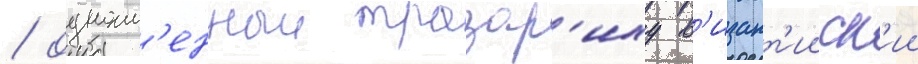
/ одноим'енныи тразар'иху в'изант'ииск'ии